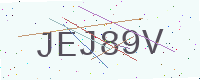
Text: JEJ89V